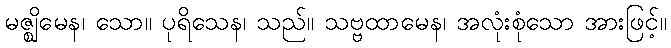
မဇ္ဈိမေန၊ သော။ ပုရိသေန၊ သည်။ သဗ္ဗထာမေန၊ အလုံးစုံသော အားဖြင့်။